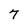
Character: 7